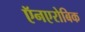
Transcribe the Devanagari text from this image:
ऍनएरोबिक